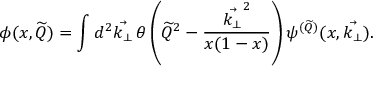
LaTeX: \phi ( x , \widetilde Q ) = \int d ^ { 2 } \vec { k _ { \perp } } \thinspace \theta \left( { \widetilde Q } ^ { 2 } - { \frac { \vec { k _ { \perp } } ^ { 2 } } { x ( 1 - x ) } } \right) \psi ^ { ( \widetilde Q ) } ( x , \vec { k _ { \perp } } ) .